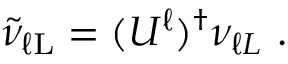
\tilde { \nu } _ { \ell \mathrm { L } } = ( U ^ { \ell } ) ^ { \dagger } \nu _ { \ell L } ~ .